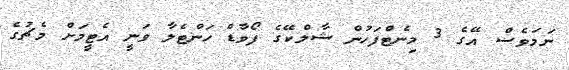
ނަމަވެސް އޭގެ 3 މިނެޓްފަހުން ޝާލްކޭގެ ފޯވާޑް ހަންޓެލާ ވަނީ އެޓީމަށް މެޗުގެ